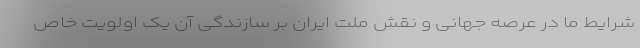
شرایط ما در عرصه جهانی و نقش ملت ایران بر سازندگی آن یک اولویت خاص